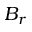
B _ { r }